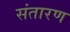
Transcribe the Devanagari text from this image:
संतारण